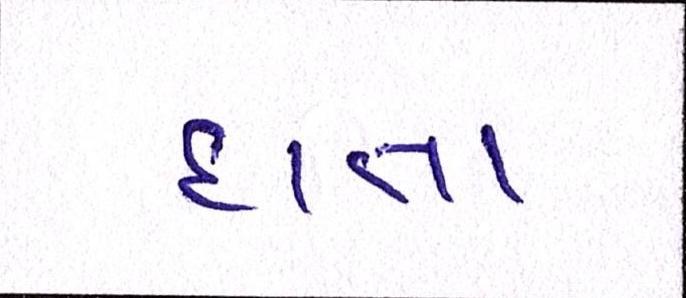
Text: દાતા